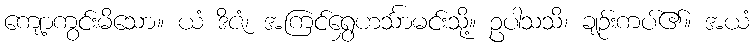
ကျော့ကွင်းမိသော။ ယံ ဒိဇံ၊ အကြင်ရွှေဟင်္သာမင်းသို့။ ဥပါသသိ၊ ချဉ်းကပ်၏။ အယံ